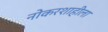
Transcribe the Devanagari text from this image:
नोकरशाहीला